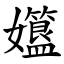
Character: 孂